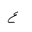
Letter: _ayn